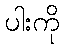
ပါးကို